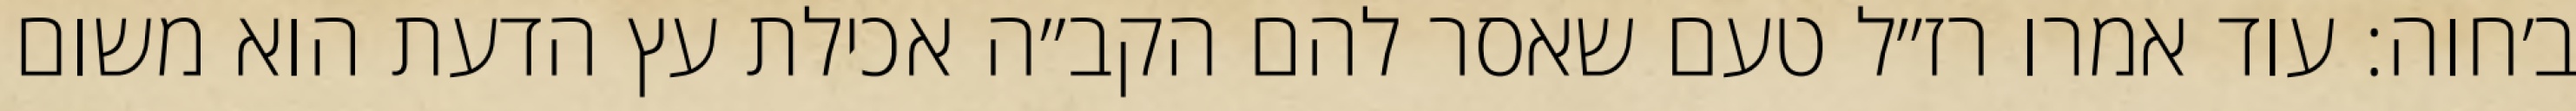
ב׳חוה: עוד אמרו רז״ל טעם שאסר להם הקב״ה אכילת עץ הדעת הוא משום